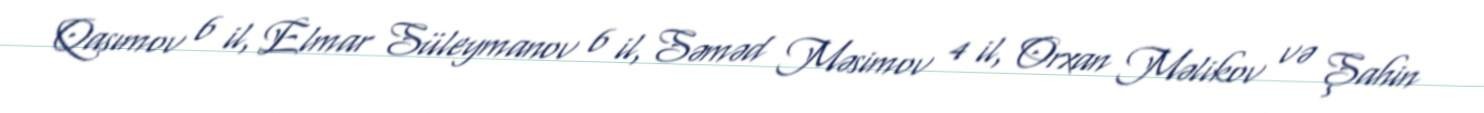
Qasımov 6 il, Elmar Süleymanov 6 il, Səməd Məsimov 4 il, Orxan Məlikov və Şahin